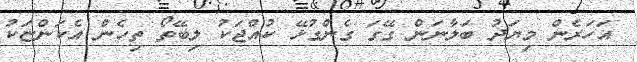
އަހަރެން މިޔަދު ބަލާނަން ގޭގަ ގެންގުޅޭ ކުއްޖަކު ލިބޭތޯ ތިހެން އެކަންޏަކު